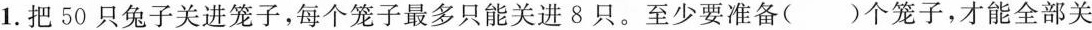
1.把50只兔子关进笼子，每个笼子最多只能关进8只。至少要准备( )个笼子，才能全部关